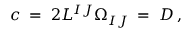
c \; = \; 2 L ^ { I J } \Omega _ { I J } \; = \; D \, ,